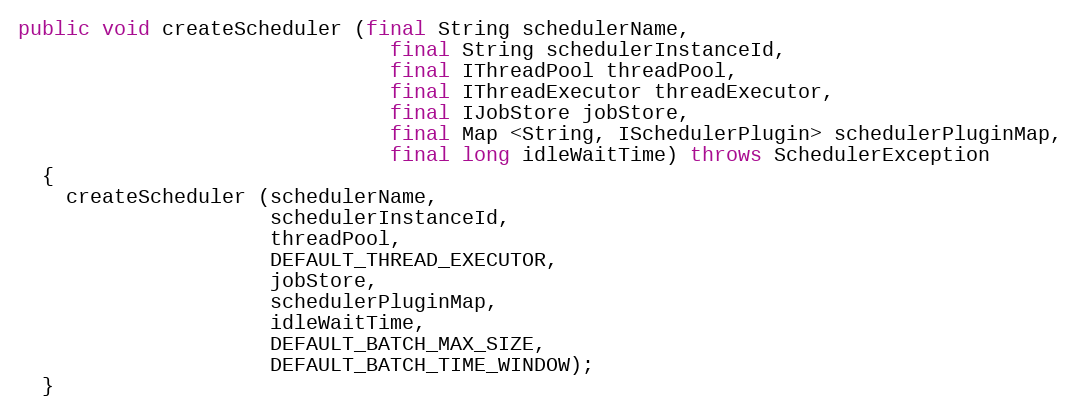
Language: Java
public void createScheduler (final String schedulerName,
                               final String schedulerInstanceId,
                               final IThreadPool threadPool,
                               final IThreadExecutor threadExecutor,
                               final IJobStore jobStore,
                               final Map <String, ISchedulerPlugin> schedulerPluginMap,
                               final long idleWaitTime) throws SchedulerException
  {
    createScheduler (schedulerName,
                     schedulerInstanceId,
                     threadPool,
                     DEFAULT_THREAD_EXECUTOR,
                     jobStore,
                     schedulerPluginMap,
                     idleWaitTime,
                     DEFAULT_BATCH_MAX_SIZE,
                     DEFAULT_BATCH_TIME_WINDOW);
  }